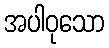
အပါဝုသော